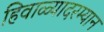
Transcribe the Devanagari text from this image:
हिवाळ्यादरम्यान